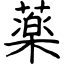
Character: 薬